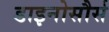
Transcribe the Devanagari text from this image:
डाइनोसौर्स